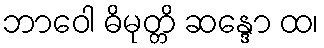
ဘာဝေါ ဓိမုတ္တိ ဆန္ဒော ထ၊